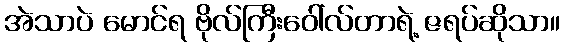
အဲသာပဲ မောင်ရ ဗိုလ်ကြီးဝေါ်လ်တာရဲ့ ဇရပ်ဆိုသာ။